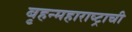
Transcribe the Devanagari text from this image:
बृहन्महाराष्ट्राची